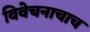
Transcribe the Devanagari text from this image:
विवेचनाचाच